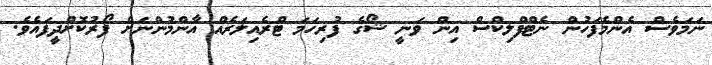
ނަމަވެސް އެންމެފަހުން ނެޓްފްލިކްސް އިން ވަނީ ޝޯގެ ފުރިހަމަ ޓްރެއިލަރެއް އާންމުންނަށް ފޯރުކޮށްދީފައެވެ.